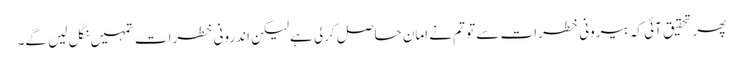
پھر تحقیق آئی کہ بیرونی خطرات سے تو تم نے امان حاصل کرلی ہےلیکن اندرونی خطرات تمہیں نگل لیں گے۔